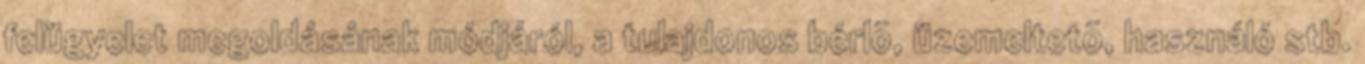
felügyelet megoldásának módjáról, a tulajdonos bérlõ, üzemeltetõ, használó stb.